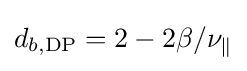
d_{b,\mathrm {DP} }=2-2\beta /\nu _{\parallel }